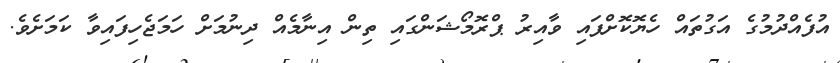
އުފެއްދުމުގެ އަގުތައް ހެޔޮކޮށްފައި ވާއިރު ޕްރޮމޯޝަންގައި ތިން އިނާމެއް ދިނުމަށް ހަމަޖެހިފައިވާ ކަމަށެވެ.